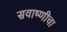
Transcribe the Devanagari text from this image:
सवाष्णीचा